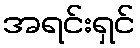
အရင်းရှင်